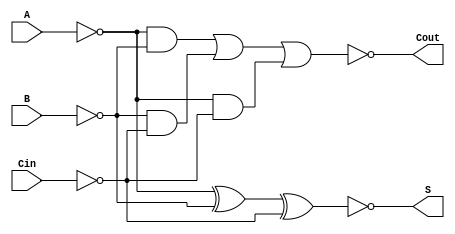
module Negative_Circuit_Full_Adder (
    input wire A,      // First input bit (active low)
    input wire B,      // Second input bit (active low)
    input wire Cin,    // Carry-in bit (active low)
    output wire S,     // Sum output bit (active low)
    output wire Cout   // Carry-out output bit (active low)
);

    // Intermediate signals for sum calculation
    wire A_inv, B_inv, Cin_inv;
    wire sum_ab, sum_abc;
    
    // Invert inputs for negative logic
    not (A_inv, A);
    not (B_inv, B);
    not (Cin_inv, Cin);
    
    // Calculate sum using the expression S = ~(A XOR B XOR Cin)
    assign sum_ab = A_inv ^ B_inv;            // A XOR B
    assign sum_abc = sum_ab ^ Cin_inv;        // (A XOR B) XOR Cin
    not (S, sum_abc);                         // S = ~(A XOR B XOR Cin)
    
    // Calculate carry-out using the expression
    // Cout = ~((A & B) | (B & Cin) | (A & Cin))
    wire ab, bc, ac, carry_out;
    
    and (ab, A_inv, B_inv);                   // A AND B
    and (bc, B_inv, Cin_inv);                 // B AND Cin
    and (ac, A_inv, Cin_inv);                 // A AND Cin
    
    or  (carry_out, ab, bc, ac);              // (A & B) OR (B & Cin) OR (A & Cin)
    not (Cout, carry_out);                     // Cout = ~((A & B) | (B & Cin) | (A & Cin))

endmodule